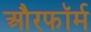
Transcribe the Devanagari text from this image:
औरफॉर्म